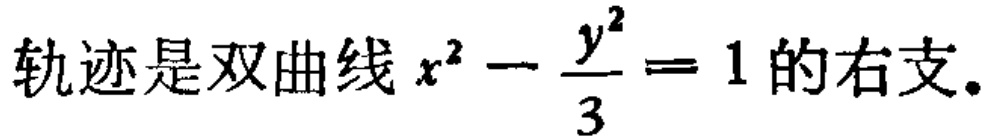
轨迹是双曲线 \(x^{2}-\frac{y^{2}}{3}=1\) 的右支。